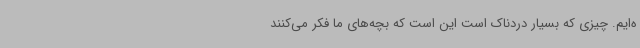
ه‌ایم. چیزی که بسیار دردناک است این است که بچه‌های ما فکر می‌کنند